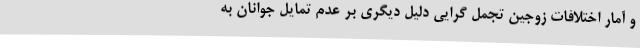
و آمار اختلافات زوجین تجمل گرایی دلیل دیگری بر عدم تمایل جوانان به